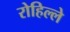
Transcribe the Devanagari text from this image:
रोहिल्ले